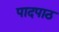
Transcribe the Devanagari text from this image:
पादपाठ